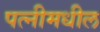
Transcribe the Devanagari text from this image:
पत्नीमधील